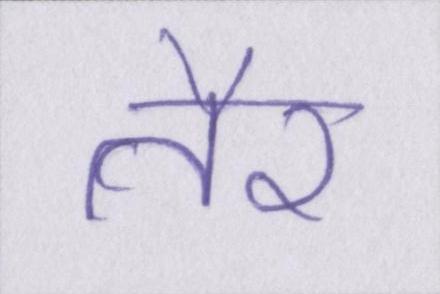
तैर